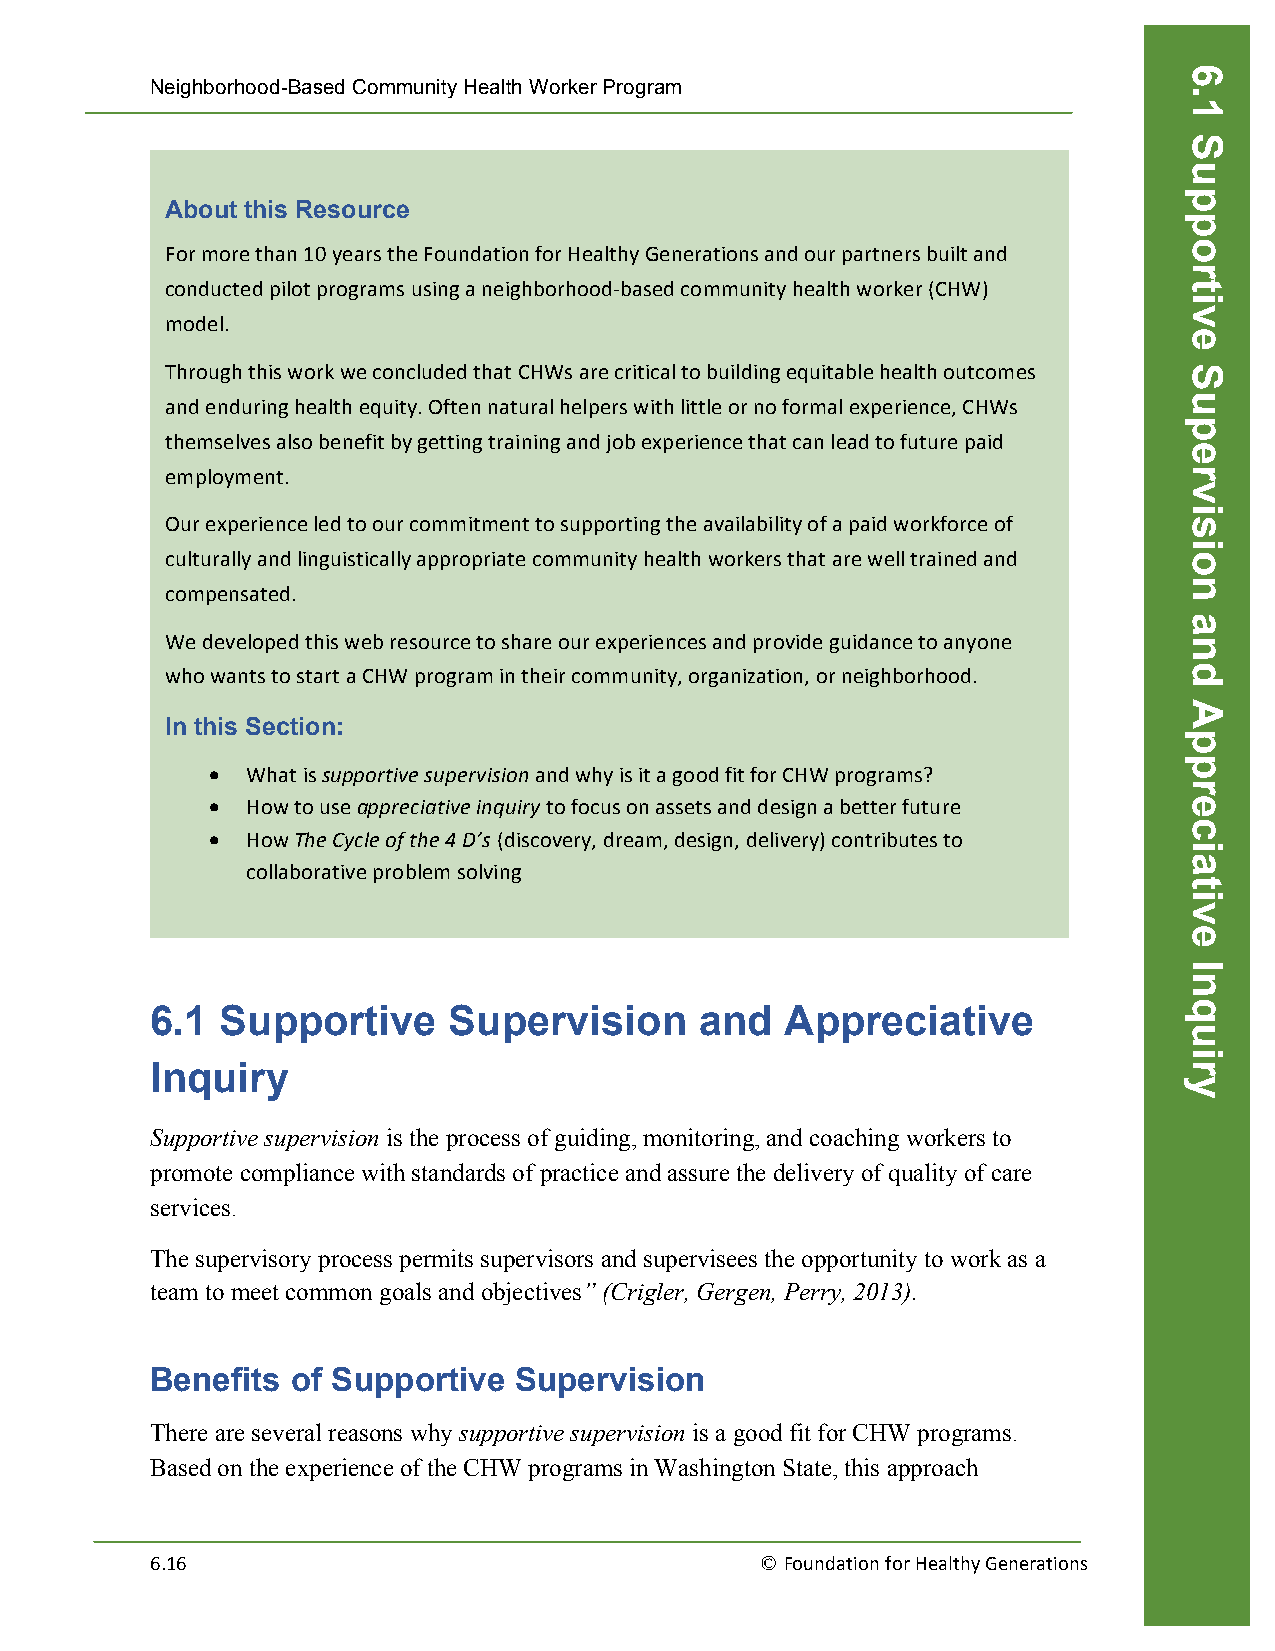
Neighborhood-Based Community Health Worker Program
 About this Resource
 For more than 10 years the Foundation for Healthy Generations and our partners built and
 conducted pilot programs using a neighborhood-­‐based community health worker (CHW)
 model.
 Through this work we concluded that CHWs are critical to building equitable health outcomes
 and enduring health equity. Often natural helpers with little or no formal experience, CHWs
 themselves also benefit by getting training and job experience that can lead to future paid
 employment.
 Our experience led to our commitment to supporting the availability of a paid workforce of
 culturally and linguistically appropriate community health workers that are well trained and
 compensated.
 We developed this web resource to share our experiences and provide guidance to anyone
 who wants to start a CHW program in their community, organization, or neighborhood.
 In this Section:
 • What is supportive supervision and why is it a good fit for CHW programs?
 • How to use appreciative inquiry to focus on assets and design a better future
 • How The Cycle of the 4 D’s (discovery, dream, design, delivery) contributes to
 collaborative problem solving
 6.1  Supportive     Supervision     and   Appreciative
 Inquiry
 Supportive supervision is the process of guiding, monitoring, and coaching workers to
 promote compliance with standards of practice and assure the delivery of quality of care
 services.
 The supervisory process permits supervisors and supervisees the opportunity to work as a
 team to meet common goals and objectives” (Crigler, Gergen, Perry, 2013).
 Benefits of Supportive  Supervision
 There are several reasons why supportive supervision is a good fit for CHW programs.
 Based on the experience of the CHW programs in Washington State, this approach
 6.16                                    © Foundation for Healthy Generations
 6.1
 Supportive
 Supervision
 and
 Appreciative
 Inquiry